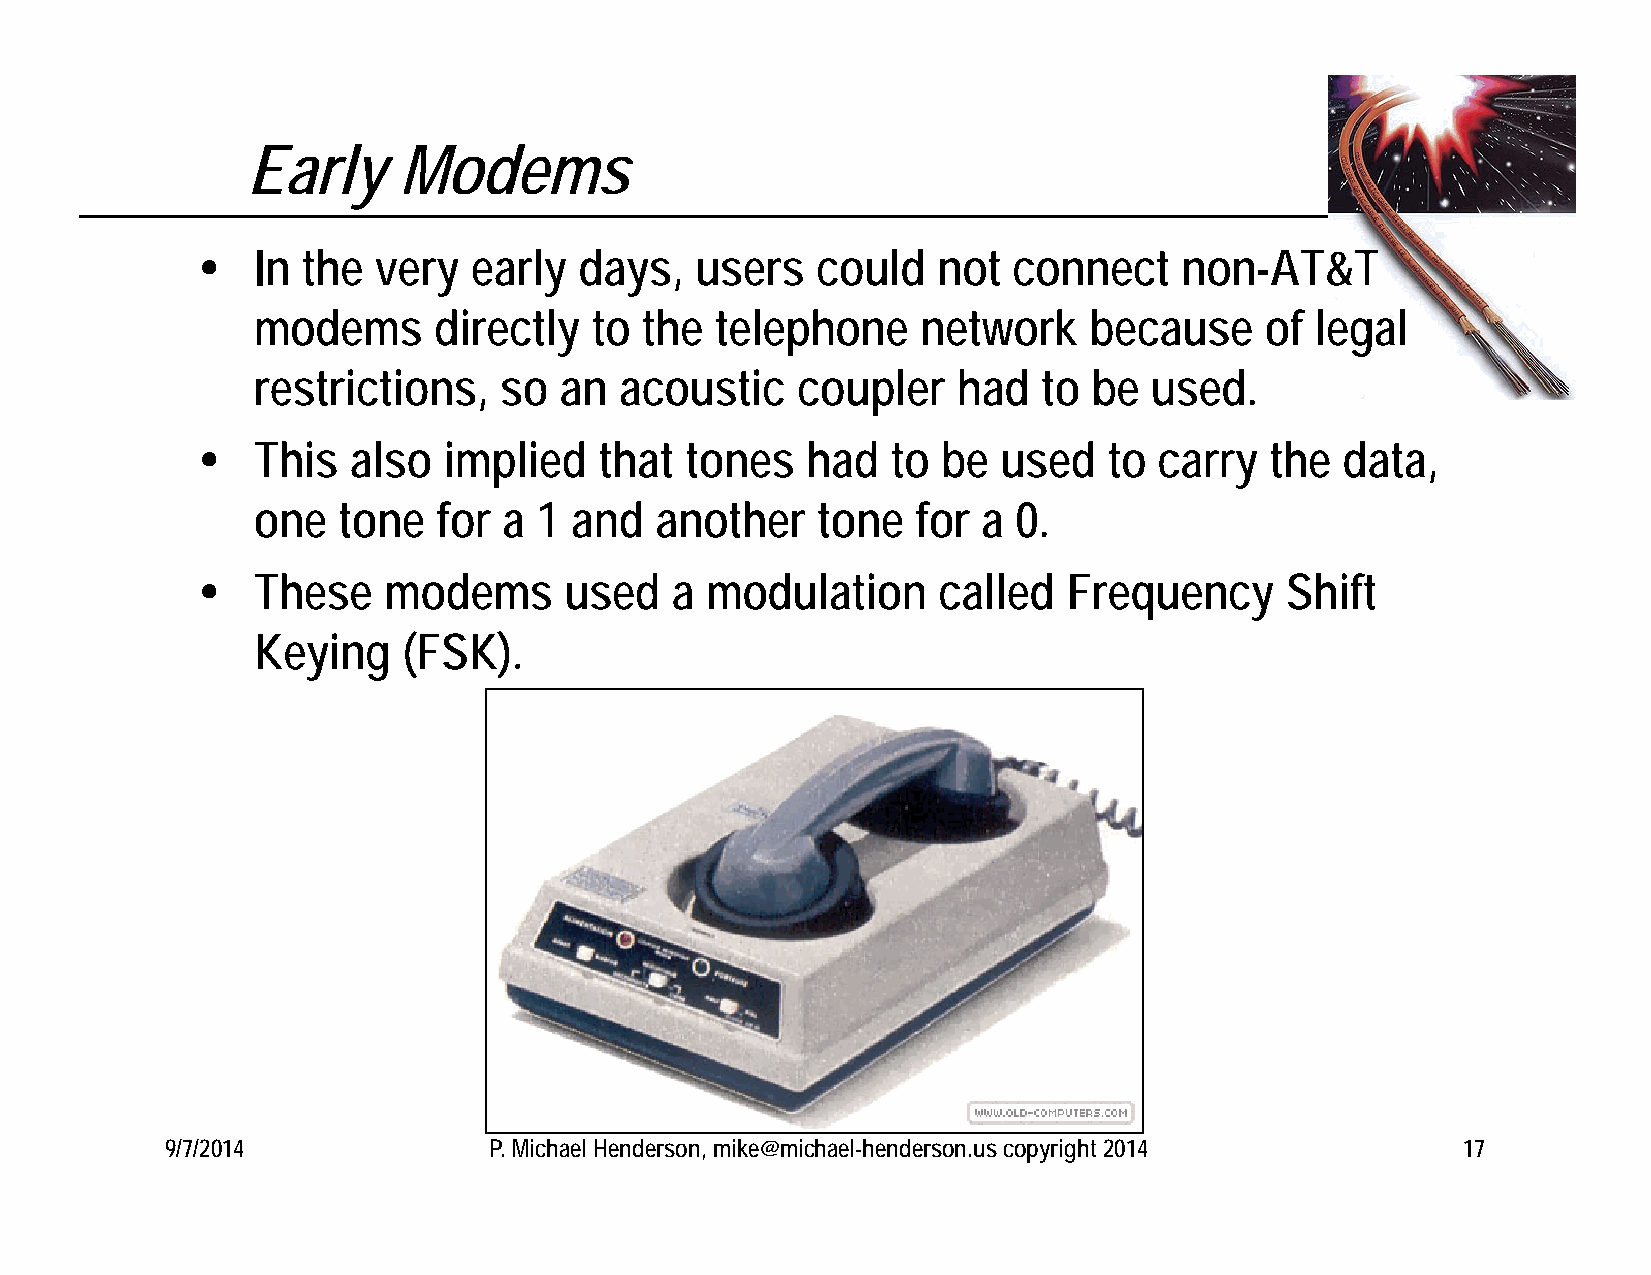
Early     Modems
    In the  very  early  days,   users   could   not  connect    non-AT&T
 modems      directly  to the  telephone     network    because     of legal
 restrictions,   so  an  acoustic    coupler   had   to be  used.
    This  also  implied    that tones   had   to be  used   to  carry  the  data,
 one  tone   for a  1 and  another    tone   for a 0.
    These   modems      used   a  modulation     called   Frequency     Shift
 Keying    (FSK).
 9/7/2014             P. Michael Henderson, mike@michael-henderson.us copyright 2014   17